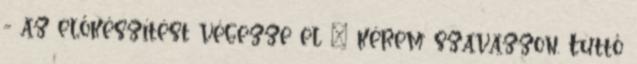
- az előkészítést végezze el – kérem szavazzon. Tüttő